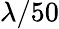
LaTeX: \lambda/50